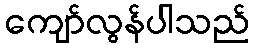
ကျော်လွန်ပါသည်